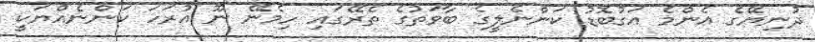
ދުނިޔޭގެ އެންމެ އަގުބޮޑު ކަންނެލީގެ ބާވަތުގެ ތެރޭގައި ހިމެނޭ ނޫ އުރަހަ ކަންނެއްޔަކީ